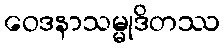
ဝေဒနာသမ္မုဒိတဿ